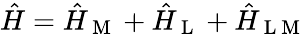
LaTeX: \begin{array}{r}{\hat{H}=\hat{H}_{\mathrm{~M~}}+\hat{H}_{\mathrm{~L~}}+\hat{H}_{\mathrm{~L~M~}}}\end{array}